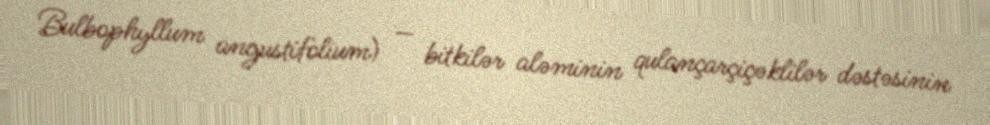
Bulbophyllum angustifolium) — bitkilər aləminin qulançarçiçəklilər dəstəsinin